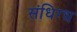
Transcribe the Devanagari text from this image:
संधिग्ध